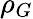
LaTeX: \rho_{G}